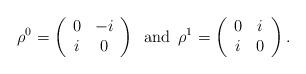
LaTeX: \begin{align*}\rho^0 = \left( \begin{array}{cc} 0 & -i \\ i & 0\end{array}\right)\,\,\, \mbox{and}\,\,\, \rho^1 = \left( \begin{array}{cc} 0 & i \\ i & 0\end{array}\right) .\end{align*}